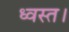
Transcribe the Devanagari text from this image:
ध्वस्त।